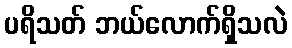
ပရိသတ် ဘယ်လောက်ရှိသလဲ